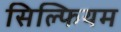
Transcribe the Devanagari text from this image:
सिल्फियम